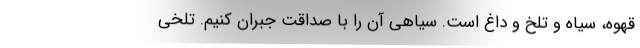
قهوه، سیاه و تلخ و داغ است. سیاهی آن را با صداقت جبران کنیم. تلخی